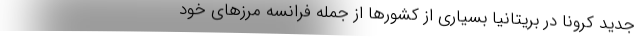
جدید کرونا در بریتانیا بسیاری از کشورها از جمله فرانسه مرزهای خود